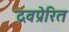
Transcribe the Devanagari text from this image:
द्रवप्रेरित